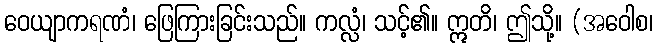
ဝေယျာကရဏံ၊ ဖြေကြားခြင်းသည်။ ကလ္လံ၊ သင့်၏။ ဣတိ၊ ဤသို့။ (အဝေါစ၊